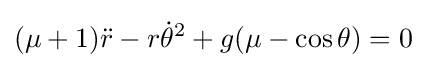
(\mu +1){\ddot {r}}-r{\dot {\theta }}^{2}+g(\mu -\cos {\theta })=0